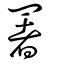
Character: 署